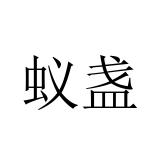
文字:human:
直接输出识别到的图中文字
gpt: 蚁盏